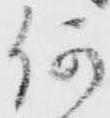
何